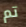
تم